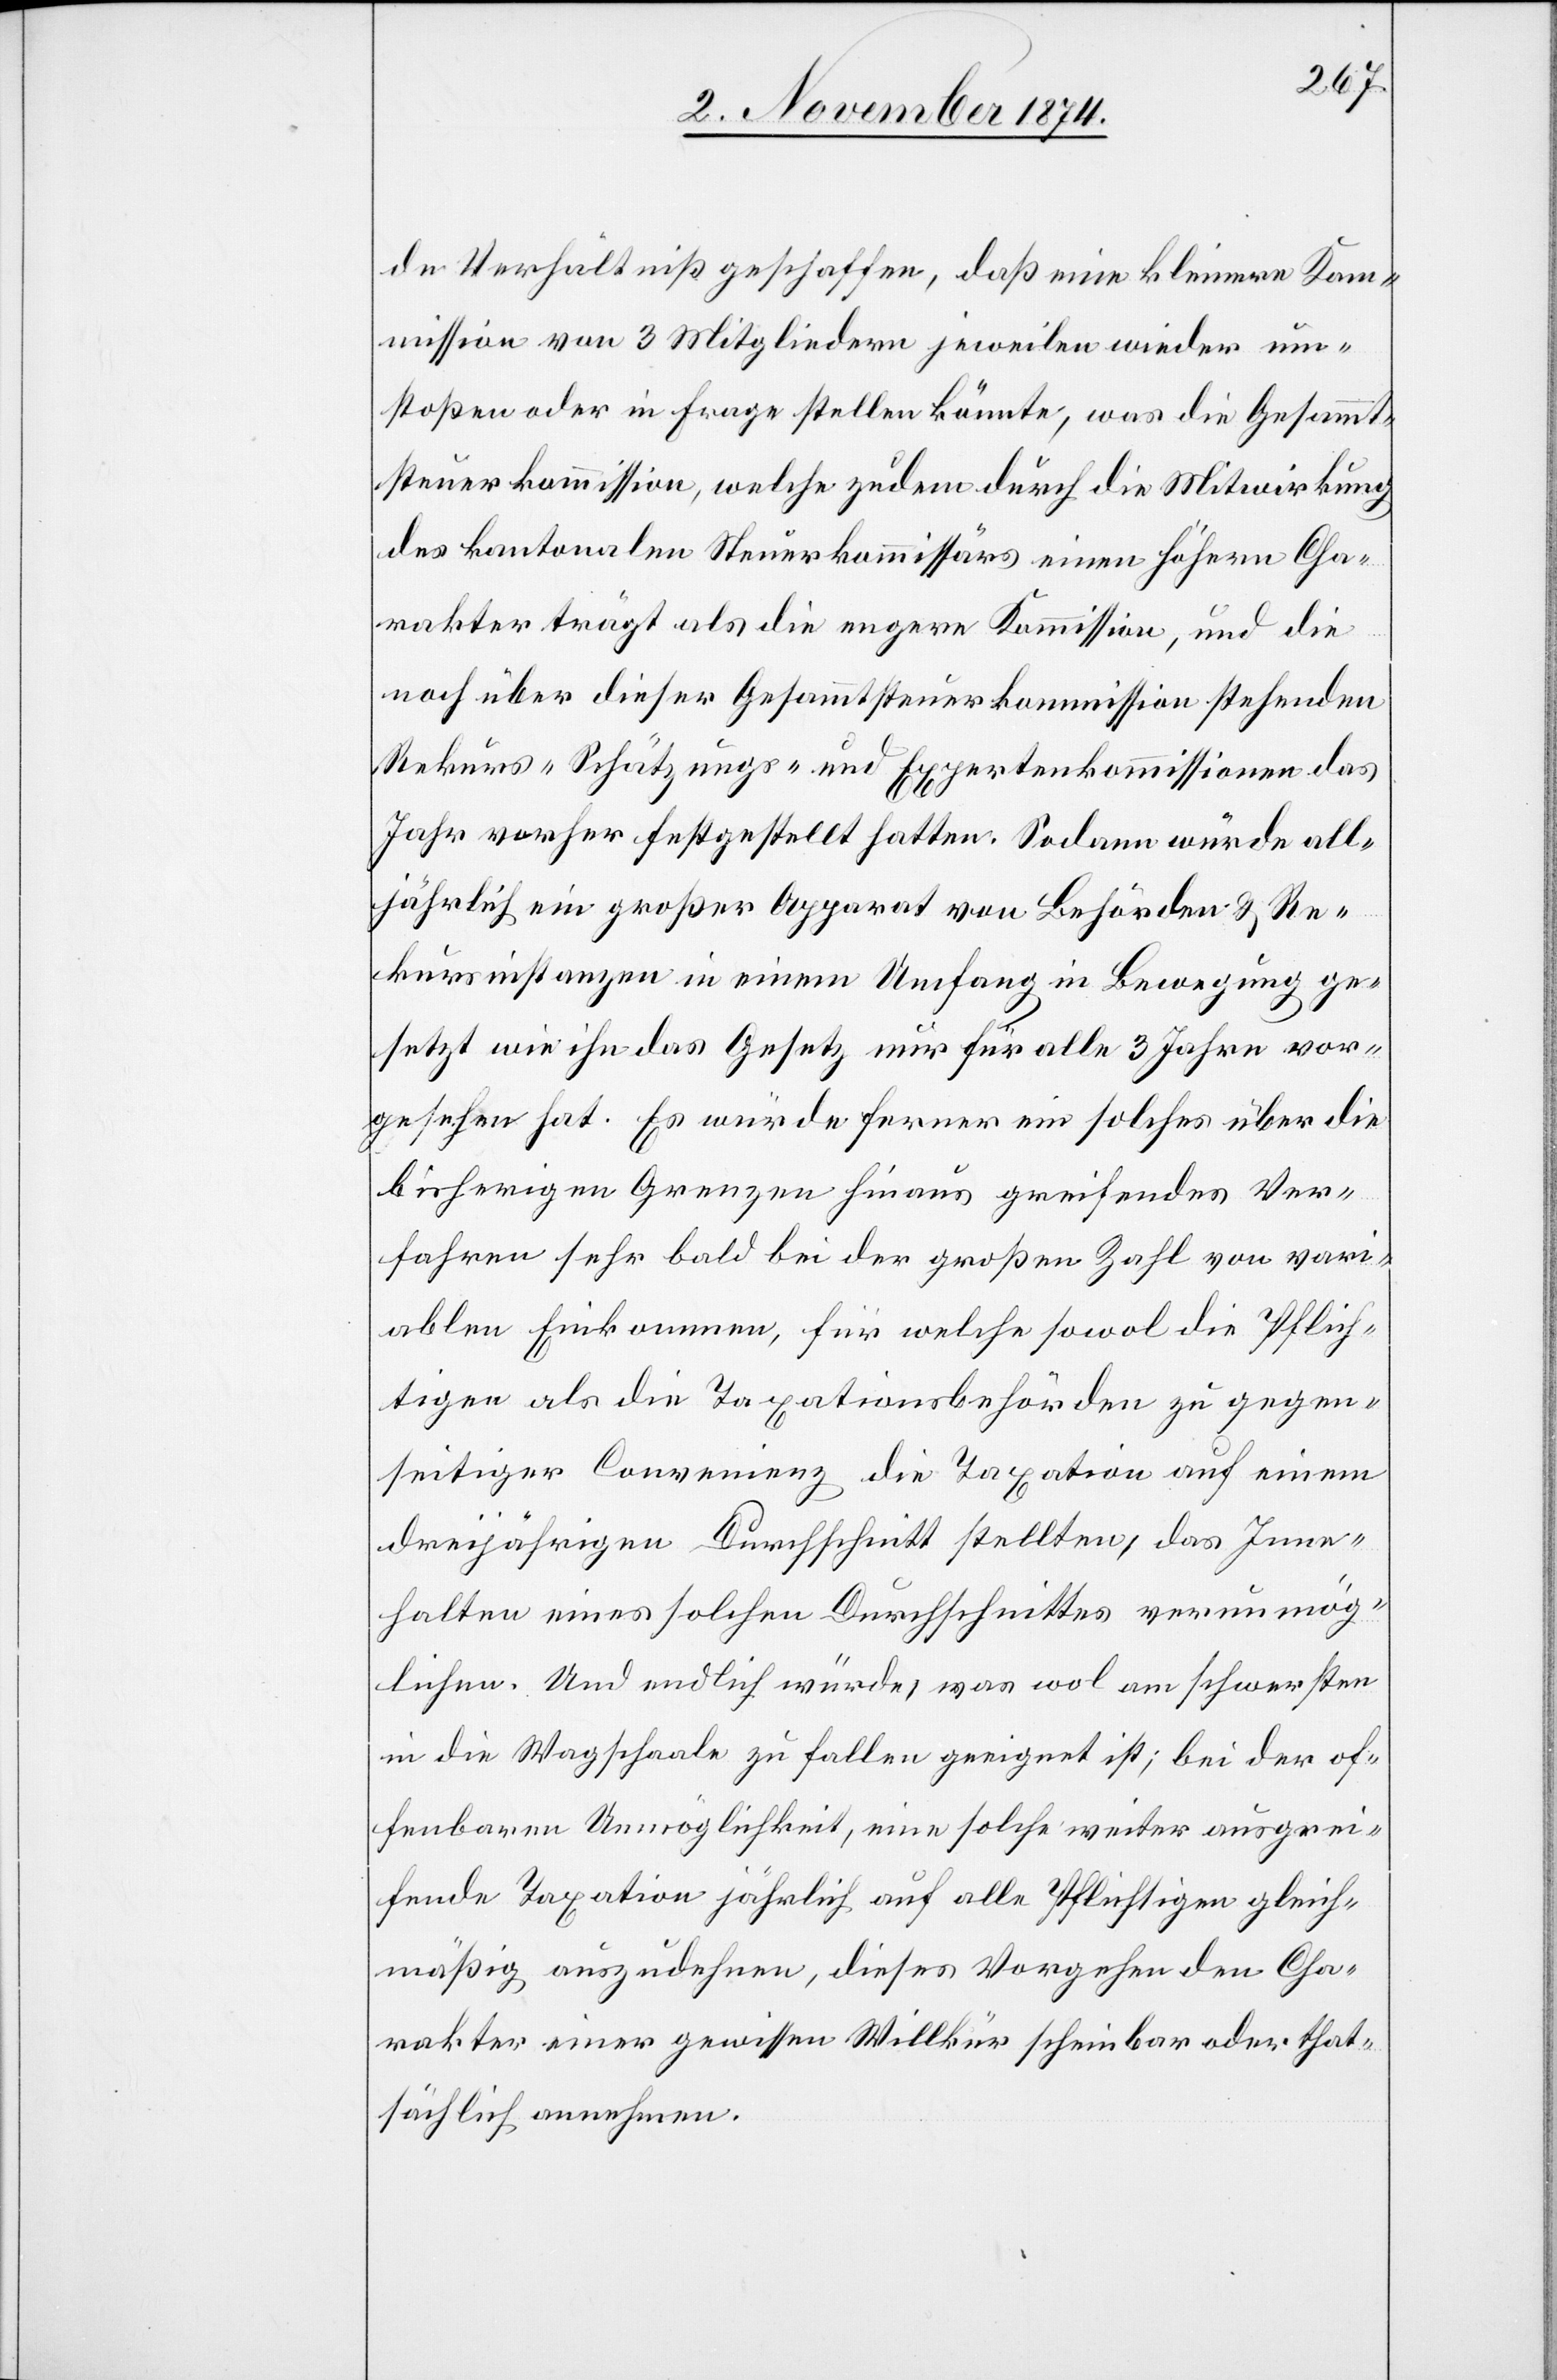
gesehen
de Verhältniß geschaffen, daß eine kleinere Kom¬
mission von 3 Mitgliedern jeweilen wieder um¬
stoßen oder in Frage stellen könnte, was die Gesammt¬
steuerkommission, welche zudem durch die Mitwirkung
des kantonalen Steuerkommissärs einen höhern Cha¬
rakter trägt als die engere Kommission, und die
noch über dieser Gesammtsteuerkommission stehenden
Rekurs-[,] Schätzungs- und Expertenkommissionen das
Jahr vorher festgestellt hatten. Sodann würde all¬
jährlich ein großer Apparat von Behörden & Re¬
kursinstanzen in einem Umfang in Bewegung ge¬
setzt wie ihn das Gesetz nur für alle 3 Jahre vor¬
bisherigen Grenzen hinaus greifendes Ver¬
fahren sehr bald bei der großen Zahl von vari¬
ablen Einkommen, für welche sowol die Pflich¬
tigen als die Taxationsbehörden zu gegen¬
seitiger Convenienz die Taxation auf einem
dreijährigen Durchschnitt stellten, das Inne¬
halten eines solchen Durchschnittes verunmög¬
lichen. Und endlich würde, was wol am schwersten
in die Wagschaale zu fallen geeignet ist; bei der of¬
fenbaren Unmöglichkeit, eine solche weiter ausgrei¬
fende Taxation jährlich auf alle Pflichtigen gleich¬
mäßig auszudehnen, dieses Vorgehen den Cha¬
rakter einer gewissen Willkür scheinbar oder that¬
sächlich annehmen.